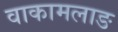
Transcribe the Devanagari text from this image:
वाकामलाङ